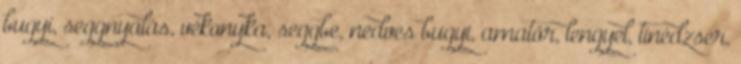
bugyi, seggnyalás, vékonyka, seggbe, nedves bugyi, amatőr, lengyel, tinédzser,